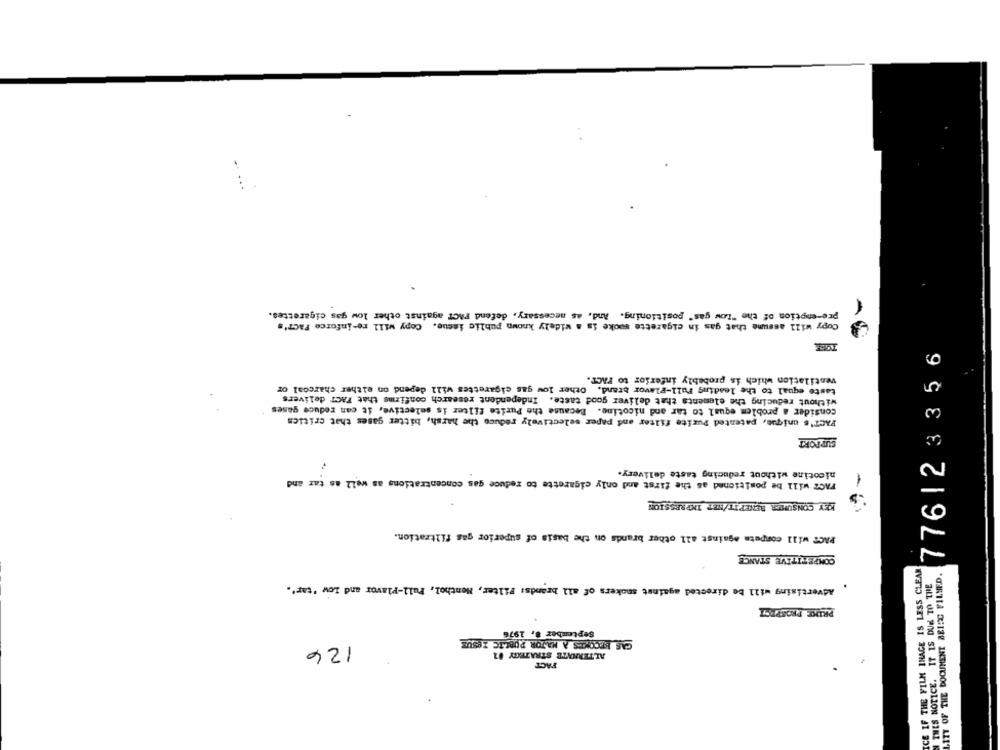
.. ...
.
pre-emption of the "Low gas" positioning. And, as necessary, defend FACT against other low gas cigarettes.
Copy will assume that gas in cigarette sooke is a widely known public issue. Copy will re-inforce FACT's
1776123356
ventilation which is probably inferior to FACT.
taste equal to the leading Full-Flavor brand. Other low gas cigarettes will depend on either charcoal or
without reducing the elements that deliver good taste. Independent research confirms that FACT delivers
consider a problem equal to tar and nicotine. Because the Purite filter is selective, it can reduce gases
FACT's unique, patented Purite filter and paper selectively reduce the harsh, bitter gases that critics
SUPPORT
nicotine without reducing taste delivery.
FACZ will be positioned as the first and only cigarette to reduce gas concentrations as well as tar and
-
KEY CONSUMER BENEPIT/NET IMPRESSION
PACT will compete against all other brands on the basis of superior gas filtration.
COMPETITIVE STANCE
ICE IF THE FILM INAGE IS LESS CLEAN
LITT OF THE DOCUMENT ARISC FILMED.
THIS NOTICE. IT IS DUE TO THE
Advertising will be directed against smokers of all brands: Filter, Menthol, Pull-Flavor and Low 'tar'.
PRICE PROSPECT
September 8, 1976
CAS EPCOKES À MAJOR PUBLIC ISSUE
126
ALTERINTE STRATEGY 11
FACT